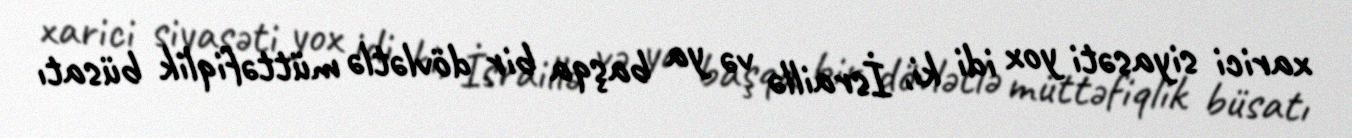
xarici siyasəti yox idi ki, İsraillə və ya başqa bir dövlətlə müttəfiqlik büsatı